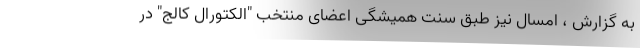
به گزارش ، امسال نیز طبق سنت همیشگی اعضای منتخب "الکتورال کالج" در